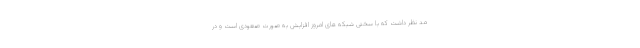
مد نظر داشت که با سختی شبکه های امروز افزایش به صورت صعودی است و در